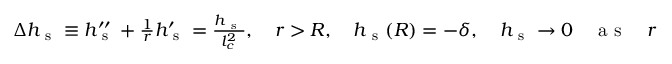
\begin{array} { r } { \Delta h _ { \mathrm { ~ s ~ } } \equiv h _ { \mathrm { ~ s ~ } } ^ { \prime \prime } + \frac { 1 } { r } h _ { \mathrm { ~ s ~ } } ^ { \prime } = \frac { h _ { \mathrm { ~ s ~ } } } { l _ { c } ^ { 2 } } , \quad r > R , \quad h _ { \mathrm { ~ s ~ } } ( R ) = - \delta , \quad h _ { \mathrm { ~ s ~ } } \rightarrow 0 \quad \mathrm { ~ a ~ s ~ } \quad r \rightarrow \infty , } \end{array}